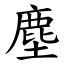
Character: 塵